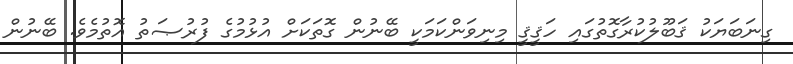
ގިނަބަޔަކު ޤަބޫލުކުރާގޮތުގައި ހަޤީޤީ މިނިވަންކަމަކީ ބޭނުން ގޮތަކަށް އުޅުމުގެ ފުރުޞަތު އޮތުމެވެ. ބޭނުން